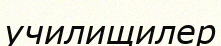
училищилер